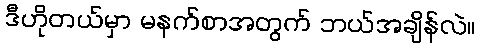
ဒီဟိုတယ်မှာ မနက်စာအတွက် ဘယ်အချိန်လဲ။